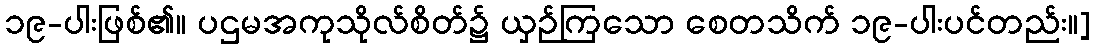
၁၉-ပါးဖြစ်၏။ ပဌမအကုသိုလ်စိတ်၌ ယှဉ်ကြသော စေတသိက် ၁၉-ပါးပင်တည်း။]